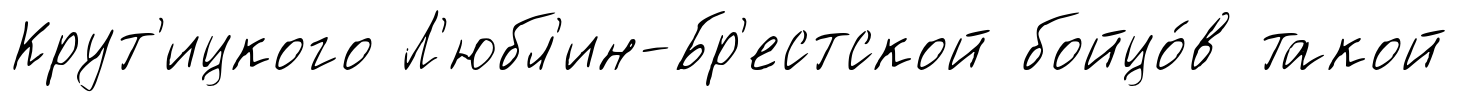
Крут'ицкого Л'юбл'ин-Бр'естской бойцо́в такой